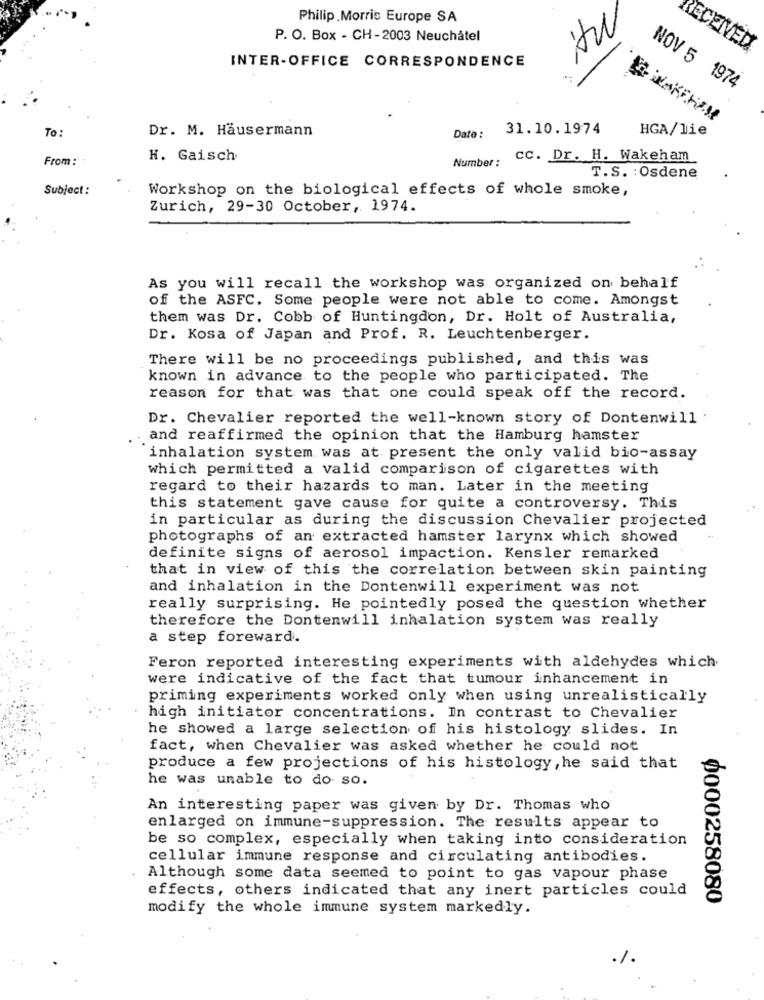
Philip Morris Europe SA
AW
P. O. Box - CH-2003 Neuchâtel
RECEIVED
INTER-OFFICE CORRESPONDENCE
NOV 5 1974
To :
Dr. M. Hausermann
31.10.1974
HGA/11e
Date :
From :
H. Gaisch
Number :
CC. Dr. H. Wakeham
T.S. : Osdene
Subject :
Workshop on the biological effects of whole smoke,
Zurich, 29-30 October, 1974.
As you will recall the workshop was organized on behalf
of the ASFC. Some people were not able to come. Amongst
them was Dr. Cobb of Huntingdon, Dr. Holt of Australia,
Dr. Kosa of Japan and Prof. R. Leuchtenberger.
There will be no proceedings published, and this was
known in advance to the people who participated. The
reason for that was that one could speak off the record.
Dr. Chevalier reported the well-known story of Dontenwill
. and reaffirmed the opinion that the Hamburg hamster
inhalation system was at present the only valid bio-assay
which permitted a valid comparison of cigarettes with
regard to their hazards to man. Later in the meeting
this statement gave cause for quite a controversy. This
in particular as during the discussion Chevalier projected
photographs of an extracted hamster larynx which showed
definite signs of aerosol impaction. Kensler remarked
that in view of this the correlation between skin painting
and inhalation in the Dontenwill experiment was not
really surprising. He pointedly posed the question whether
therefore the Dontenwill inhalation system was really
a step foreward.
Feron reported interesting experiments with aldehydes which
were indicative of the fact that tumour inhancement in
priming experiments worked only when using unrealistically
high initiator concentrations. In contrast to Chevalier
he showed a large selection of his histology slides. In
fact, when Chevalier was asked whether he could not
produce a few projections of his histology, he said that
he was unable to do so.
An interesting paper was given by Dr. Thomas who
enlarged on immune-suppression. The results appear to
be so complex, especially when taking into consideration
cellular immune response and circulating antibodies.
Although some data seemed to point to gas vapour phase
effects, others indicated that any inert particles could
0000258080
modify the whole immune system markedly.